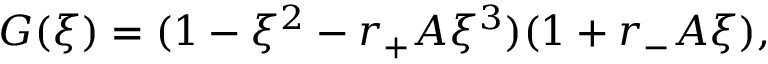
G ( \xi ) = ( 1 - \xi ^ { 2 } - r _ { + } A \xi ^ { 3 } ) ( 1 + r _ { - } A \xi ) ,